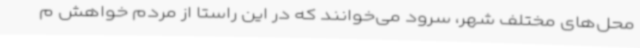
محل‌های مختلف شهر، سرود می‌خوانند که در این راستا از مردم خواهش م